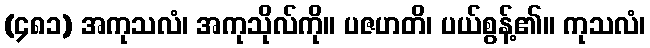
(၄၈၁) အကုသလံ၊ အကုသိုလ်ကို။ ပဇဟတိ၊ ပယ်စွန့်၏။ ကုသလံ၊